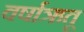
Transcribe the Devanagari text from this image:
वर्षाऋतू